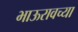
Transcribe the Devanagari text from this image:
भाऊरावच्या